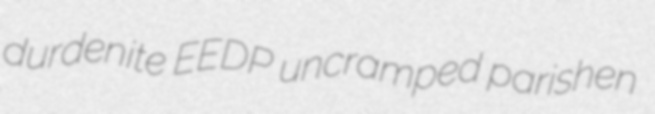
durdenite EEDP uncramped parishen